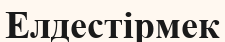
Елдестірмек